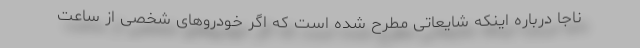
ناجا درباره اینکه شایعاتی مطرح شده است که اگر خودرو‌های شخصی از ساعت